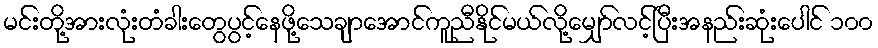
မင်းတို့အားလုံးတံခါးတွေပွင့်နေဖို့သေချာအောင်ကူညီနိုင်မယ်လို့မျှော်လင့်ပြီးအနည်းဆုံးပေါင် ၁၀၀